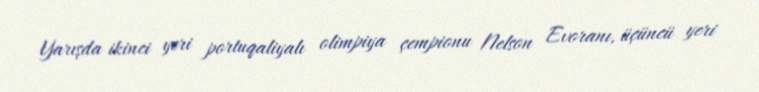
Yarışda ikinci yeri portuqaliyalı olimpiya çempionu Nelson Evoranı, üçüncü yeri